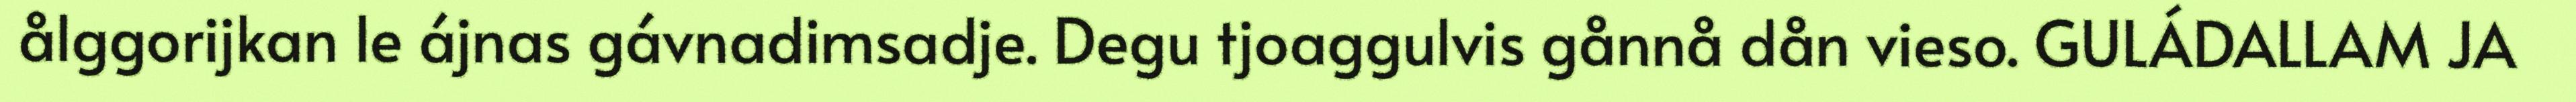
ålggorijkan le ájnas gávnadimsadje. Degu tjoaggulvis gånnå dån vieso. GULÁDALLAM JA